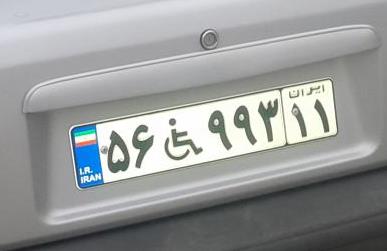
۵۶+۹۹۳۱۱